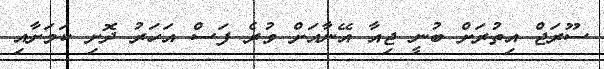
ސޫރަޖް އިތުރަށް ބުނީ ޖިއާ އޭނާއަށް ވުރެ ފަސް އަހަރު ދޮށި ކަމަށާއި